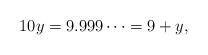
LaTeX: \begin{align*}10 y = 9.999 \cdots = 9+y ,\end{align*}